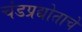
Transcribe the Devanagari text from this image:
चंडप्रद्योताचे